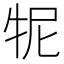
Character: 𤙌